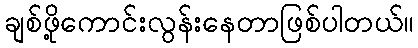
ချစ်ဖို့ကောင်းလွန်းနေတာဖြစ်ပါတယ်။